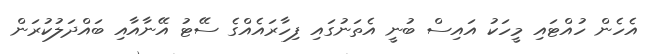
އެހެން ހުއްޓައި މީހަކު އައިސް ބުނީ އެތަނުގައި ފިހާރައެއްގެ ސޭޓު އޭނާއާއި ބައްދަލުކުރަން